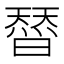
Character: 𭧣